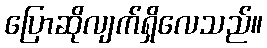
ပြောဆိုလျက်ရှိလေသည်။